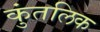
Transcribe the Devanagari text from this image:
कुंतलिक